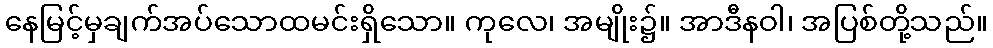
နေမြင့်မှချက်အပ်သောထမင်းရှိသော။ ကုလေ၊ အမျိုး၌။ အာဒီနဝါ၊ အပြစ်တို့သည်။